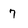
Character: 7